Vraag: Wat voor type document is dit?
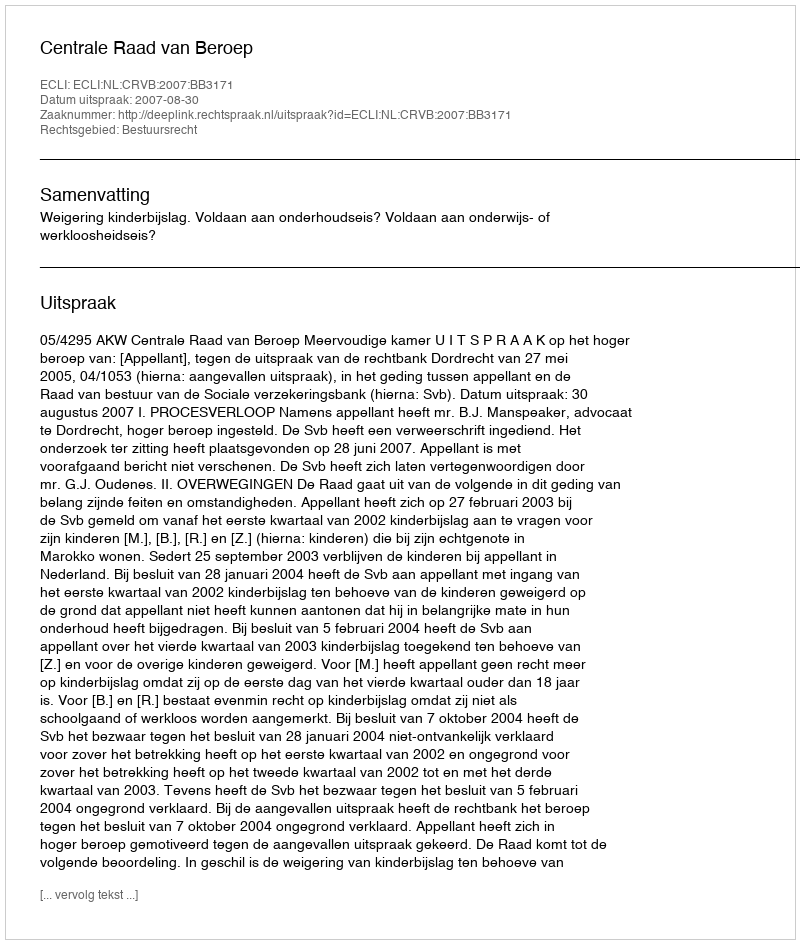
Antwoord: Uitspraak